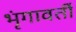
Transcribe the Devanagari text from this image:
भृंगावर्ती